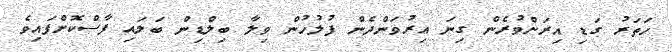
ހަތަރު ގަޑި އިރަށްވުރެން ގިނަ އިރުވަންދެން ފުލުހުން ވިލާ ބިލްޑިން ބަލައި ފާސްކޮށްފައިވެ